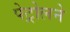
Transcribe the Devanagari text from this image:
पेट्रोलने